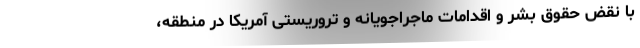
با نقض حقوق بشر و اقدامات ماجراجویانه و تروریستی آمریکا در منطقه،